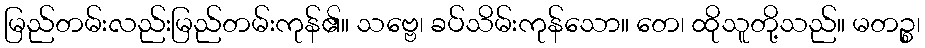
မြည်တမ်းလည်းမြည်တမ်းကုန်၏။ သဗ္ဗေ၊ ခပ်သိမ်းကုန်သော။ တေ၊ ထိုသူတို့သည်။ မတဉ္စ၊